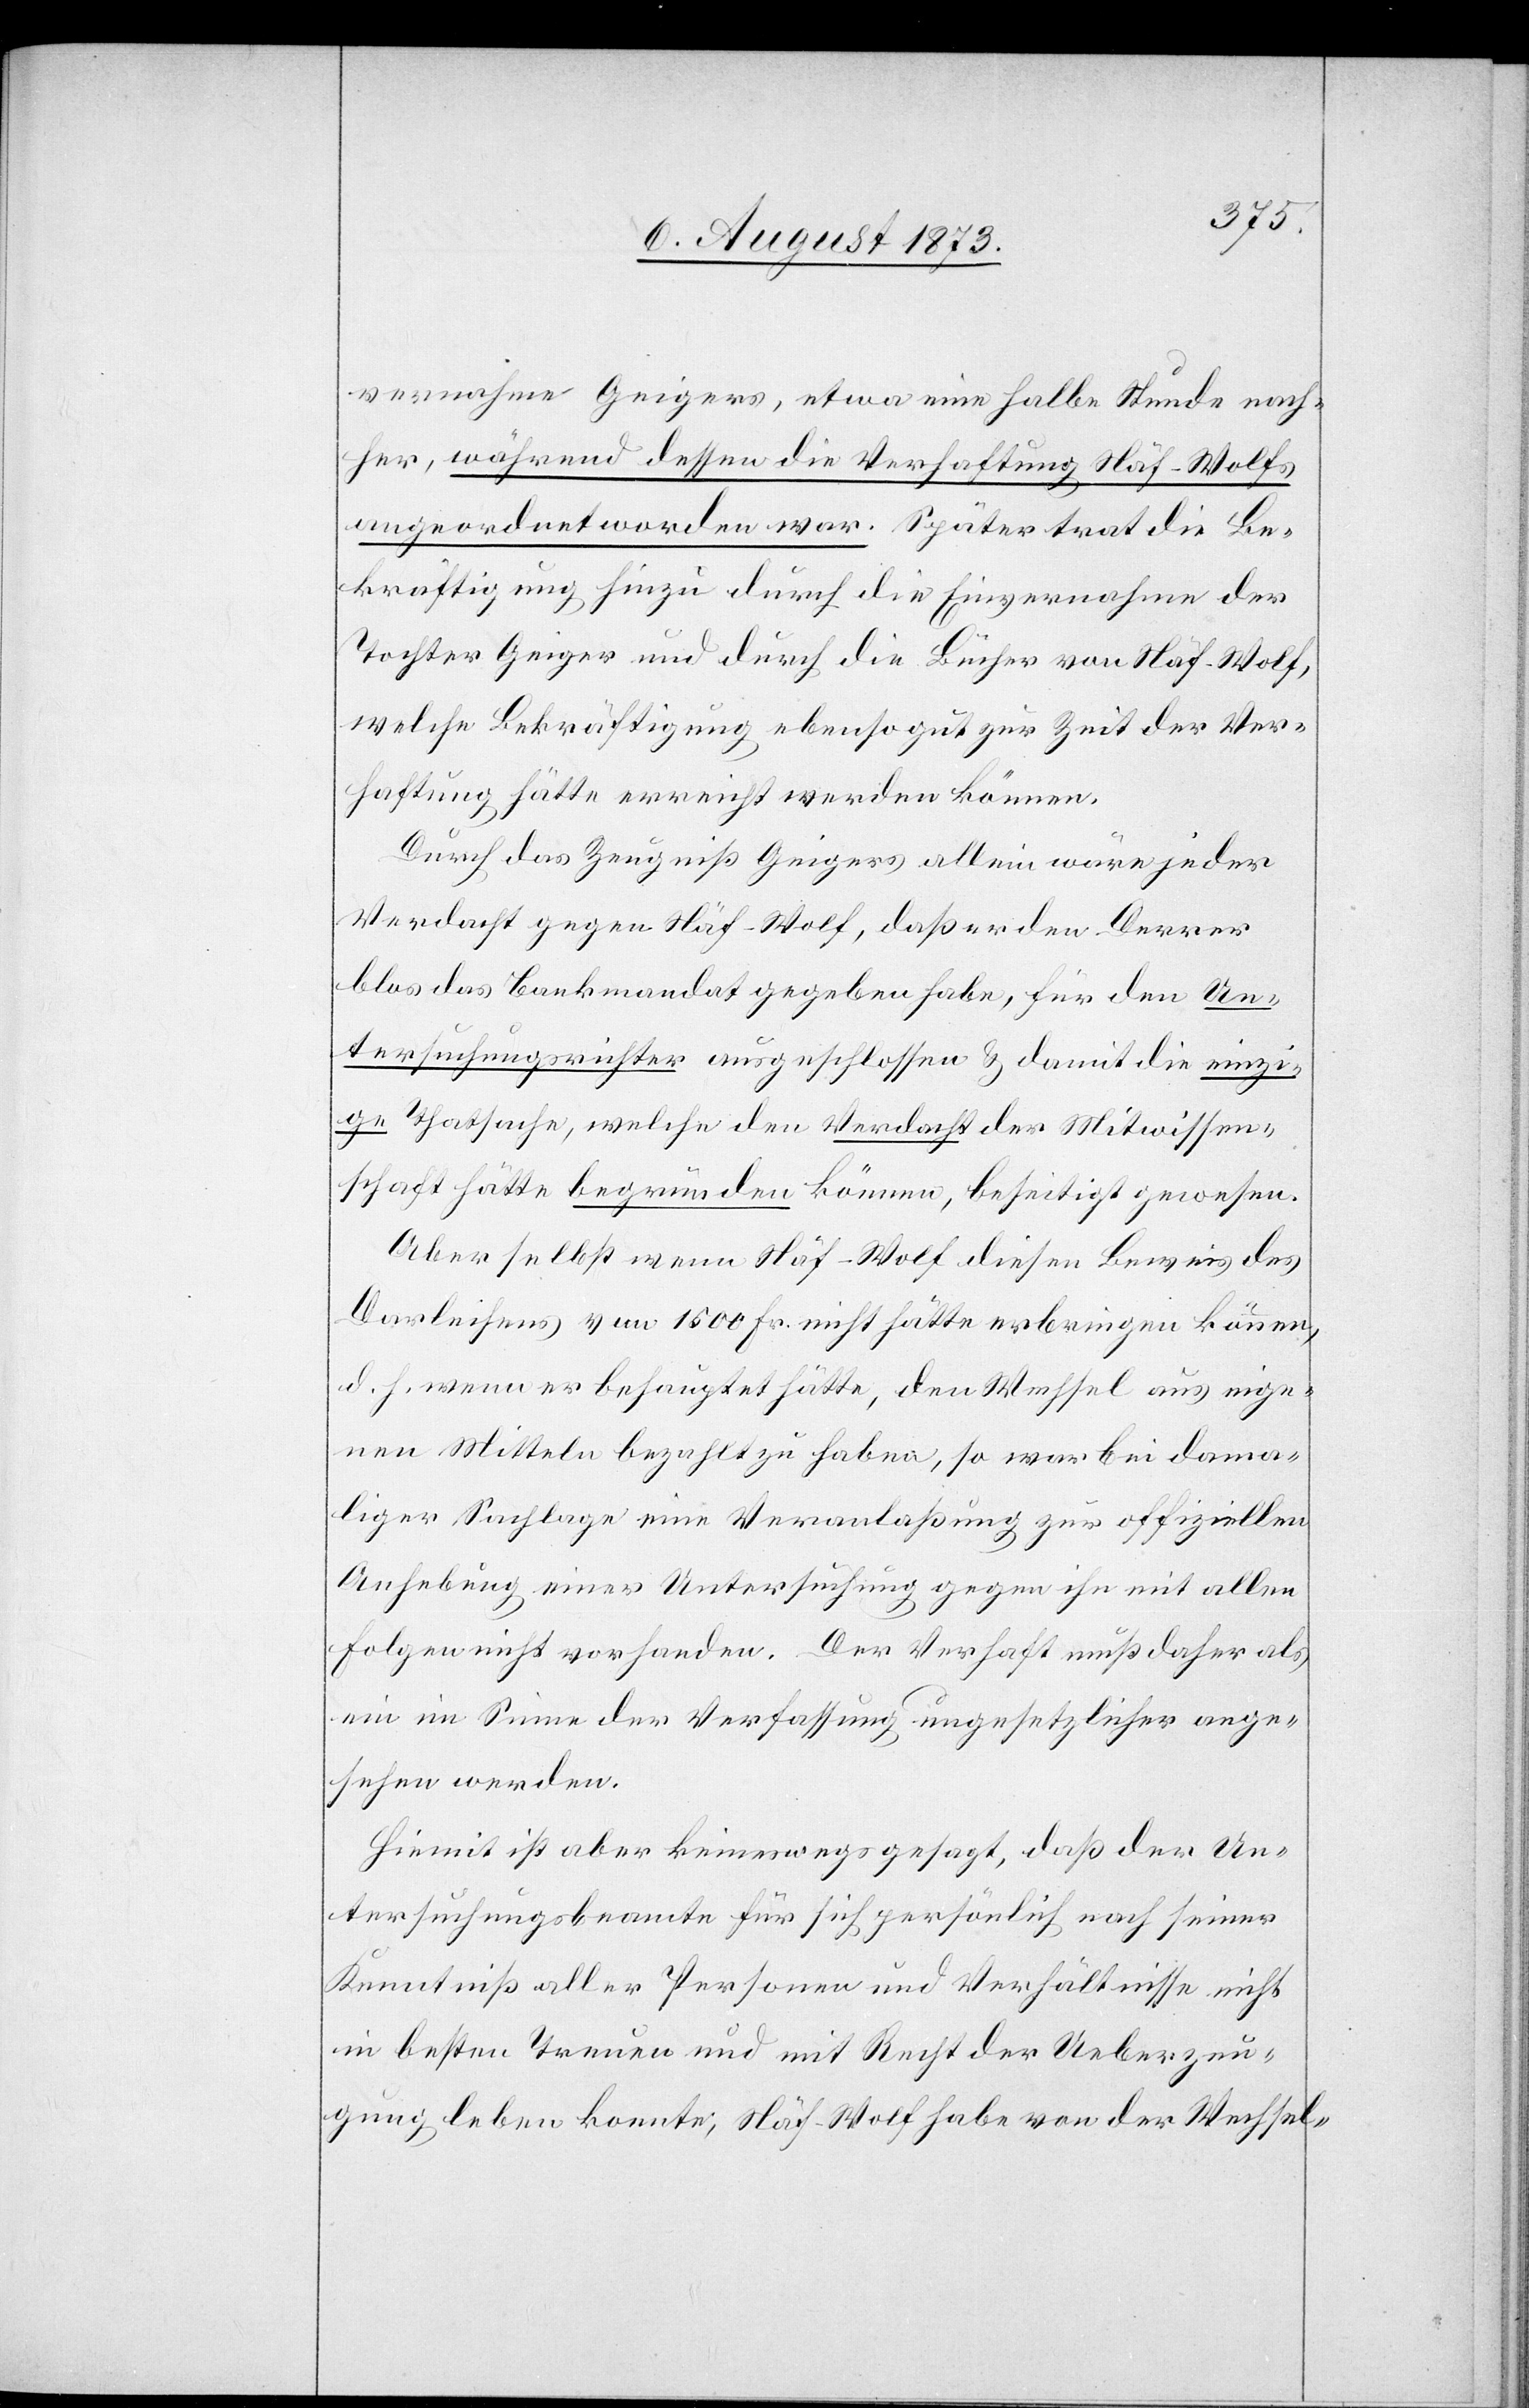
vernahme Geigers, etwa eine halbe Stunde nach¬
her, während dessen die Verhaftung Näf-Wolfs
angeordnet worden war. Später trat die Be¬
kräftigung hinzu durch die Einvernahme der
Tochter Geiger und durch die Bücher von Näf-Wolf,
welche Bekräftigung ebensogut zur Zeit der Ver¬
haftung hätte erreicht werden können.
Durch das Zeugniß Geigers allein wäre jeder
Verdacht gegen Näf-Wolf, daß er den [sic!] Derrer
blos das Bankmandat gegeben habe, für den Un¬
tersuchungsrichter ausgeschlossen & damit die einzi¬
ge Thatsache, welche den Verdacht der Mitwissen¬
schaft hätte begründen können, beseitigt gewesen.
Aber selbst wenn Näf-Wolf diesen Beweis des
Darleihens von 1 500 Fr. nicht hätte erbringen können,
d. h. wenn er behauptet hätte, den Wechsel aus eige¬
nen Mitteln bezahlt zu haben, so war bei dama¬
liger Sachlage eine Veranlaßung zur offiziellen
Anhebung einer Untersuchung gegen ihn mit allen
Folgen nicht vorhanden. Der Verhaft muß daher als
ein im Sinne der Verfassung ungesetzlicher ange¬
sehen werden.
Hiemit ist aber keineswegs gesagt, daß der Un¬
tersuchungsbeamte für sich persönlich nach seiner
Kenntniß aller Personen und Verhältnisse nicht
in besten Treuen und mit Recht der Ueberzeu¬
gung leben konnte, Näf-Wolf habe von der Wechsel-